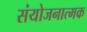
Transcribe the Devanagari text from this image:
संयोजनात्मक